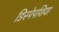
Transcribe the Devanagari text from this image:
डिस्पेपशिया